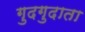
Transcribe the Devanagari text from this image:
गुदगुदाता